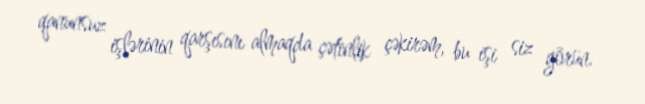
qanunsuz işlərinin qarşısını almaqda çətinlik çəkirəm, bu işi siz görün.